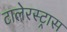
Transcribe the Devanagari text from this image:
टालेरस्ट्रास